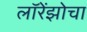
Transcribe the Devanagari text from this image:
लॉरेंझोचा